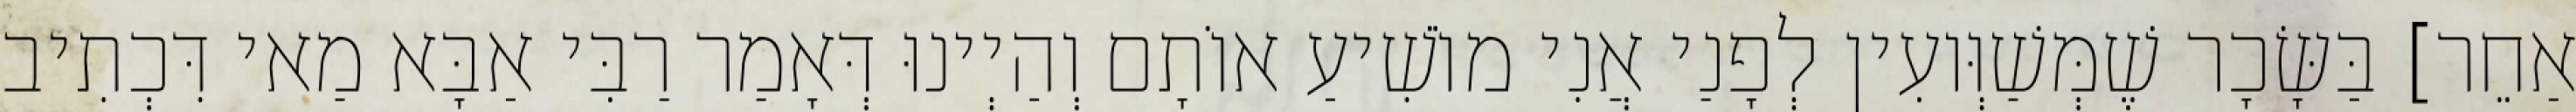
אַחֵר] בַּשָּׂכָר שֶׁמְּשַׁוְּועִין לְפָנַי אֲנִי מוֹשִׁיעַ אוֹתָם וְהַיְינוּ דְּאָמַר רַבִּי אַבָּא מַאי דִּכְתִיב